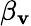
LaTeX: \beta_{\mathbf{v}}